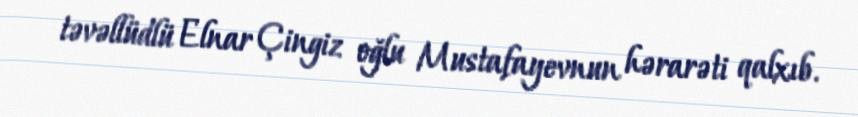
təvəllüdlü Elnar Çingiz oğlu Mustafayevnun hərarəti qalxıb.